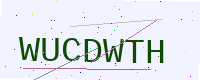
Text: WUCDWTH